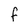
Character: f